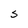
Character: S